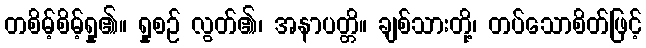
တစိမ့်စိမ့်ရှု၏။ ရှုစဉ် လွတ်၏၊ အနာပတ္တိ။ ချစ်သားတို့၊ တပ်သောစိတ်ဖြင့်